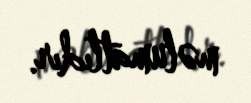
məlumatlıdır.